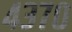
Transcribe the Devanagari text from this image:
४३७०